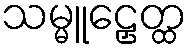
သမ္မူဠှေတ္ထ